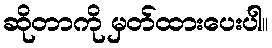
ဆိုတာကို မှတ်ထားပေးပါ။